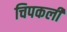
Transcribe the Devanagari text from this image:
चिपकली